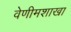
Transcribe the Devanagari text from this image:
वेणीमशाखा